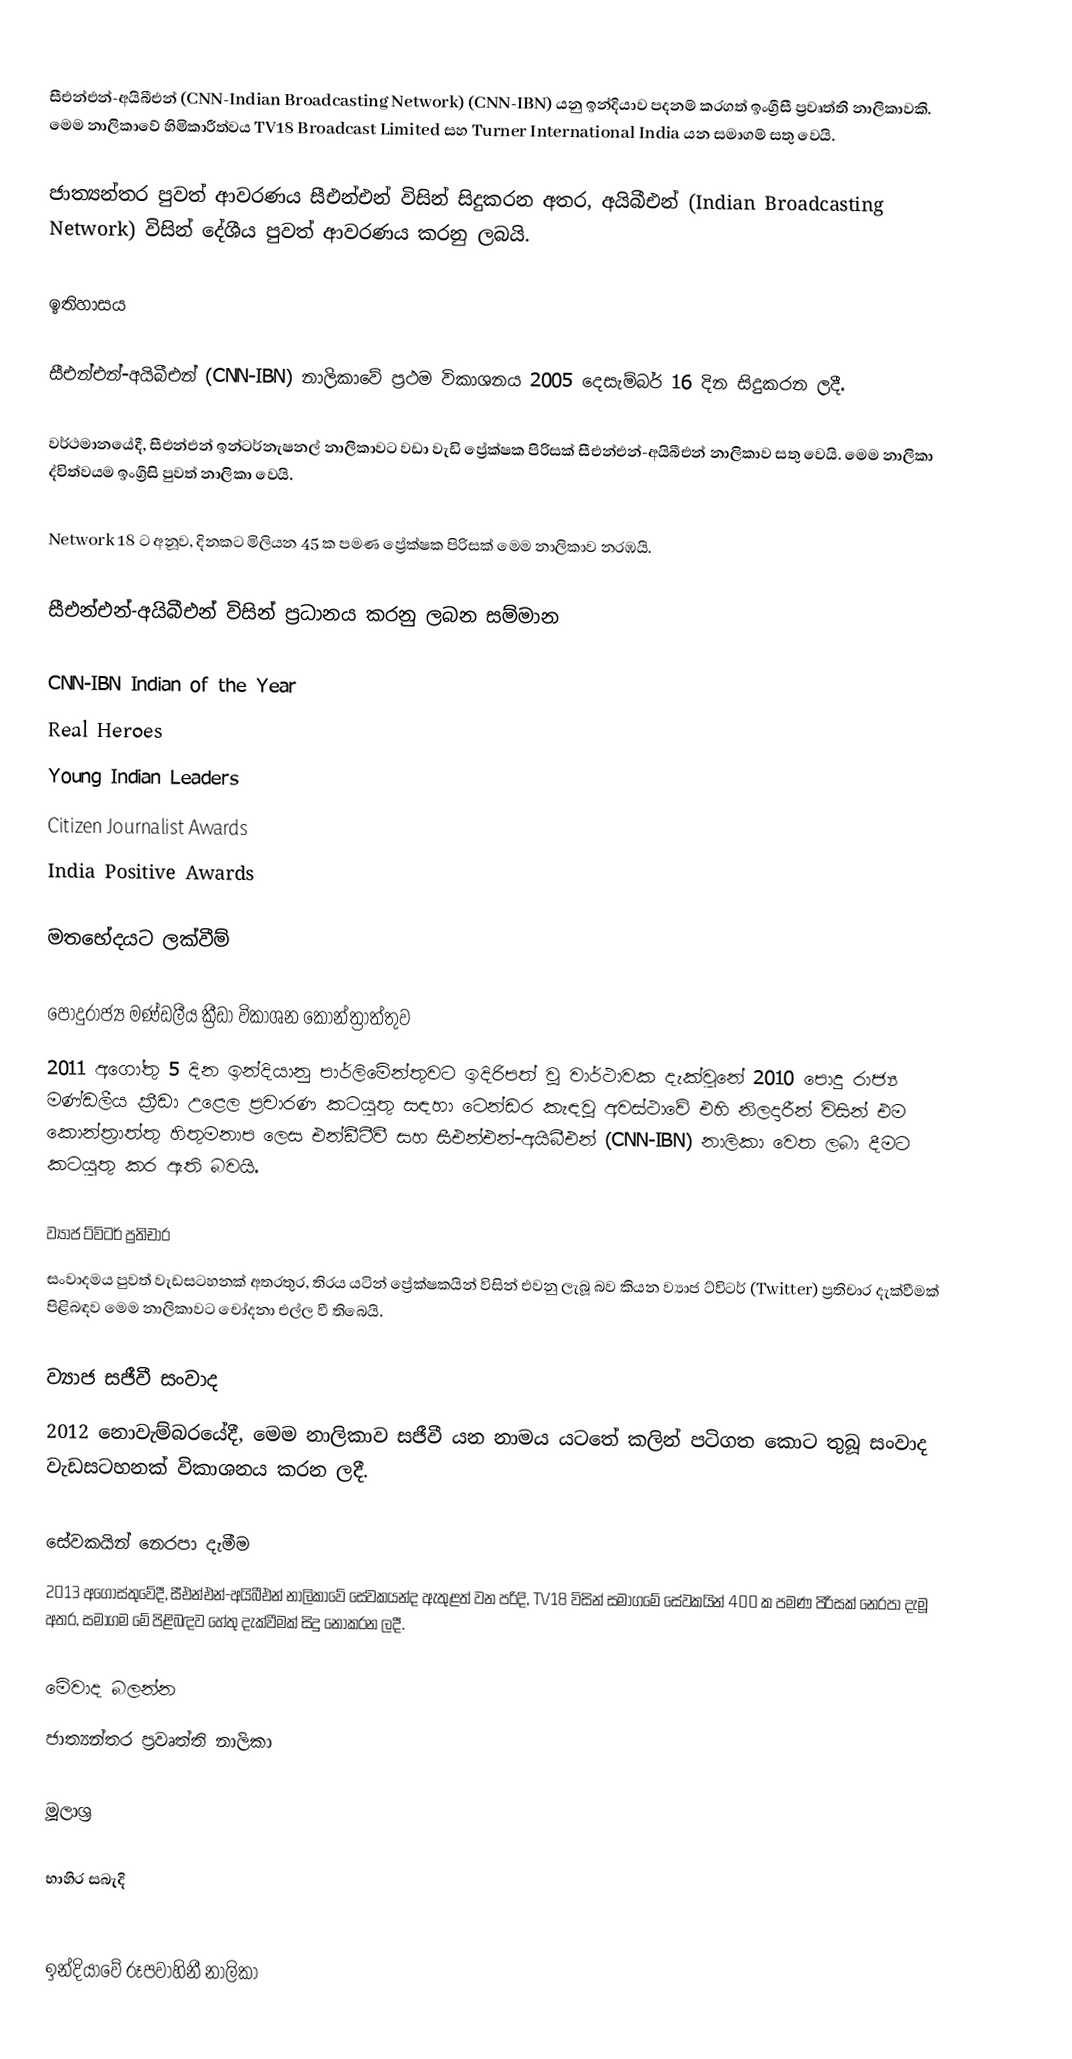
සීඑන්එන්-අයිබීඑන් (CNN-Indian Broadcasting Network) (CNN-IBN) යනු ඉන්දියාව පදනම් කරගත් ඉංග්‍රීසී ප්‍රවෘත්ති නාලිකාවකි. මෙම නාලිකාවේ හිමිකාරීත්වය TV18 Broadcast Limited සහ Turner International India යන සමාගම් සතු වෙයි.

ජාත්‍යන්තර පුවත් ආවරණය සීඑන්එන් විසින් සිදුකරන අතර, අයිබීඑන් (Indian Broadcasting Network) විසින් දේශීය පුවත් ආවරණය කරනු ලබයි.

ඉතිහාසය

සීඑන්එන්-අයිබීඑන් (CNN-IBN) නාලිකාවේ ප්‍රථම විකාශනය 2005 දෙසැම්බර් 16 දින සිදුකරන ලදී.

වර්ථමානයේදී, සීඑන්එන් ඉන්ටර්නැෂනල් නාලිකාවට වඩා වැඩි ප්‍රේක්ෂක පිරිසක් සීඑන්එන්-අයිබීඑන් නාලිකාව සතු වෙයි. මෙම නාලිකා ද්විත්වයම ඉංග්‍රීසි පුවත් නාලිකා වෙයි.

Network 18 ට අනූව, දිනකට මිලියන 45 ක පමණ ප්‍රේක්ෂක පිරිසක් මෙම නාලිකාව නරඹයි.

සීඑන්එන්-අයිබීඑන් විසින් ප්‍රධානය කරනු ලබන සම්මාන

CNN-IBN Indian of the Year
Real Heroes
Young Indian Leaders
Citizen Journalist Awards
India Positive Awards

මතභේදයට ලක්වීම්

පොදුරාජ්‍ය මණ්ඩලීය ක්‍රීඩා විකාශන කොන්ත්‍රාත්තුව
2011 අගෝතු 5 දින ඉන්දියානු පාර්ලිමේන්තුවට ඉදිරිපත් වූ වාර්ථාවක දැක්වුනේ 2010 පොදු රාජ්‍ය මණ්ඩලීය ක්‍රීඩා උළෙල ප්‍රචාරණ කටයුතු සඳහා ටෙන්ඩර කැඳවූ අවස්ථාවේ එහි නිලදාරීන් විසින් එම කොන්ත්‍රාත්තු හිතුමනාප ලෙස එන්ඩීටීවී සහ සීඑන්එන්-අයිබීඑන් (CNN-IBN) නාලිකා වෙත ලබා දීමට කටයුතු කර ඇති බවයි.

ව්‍යාජ ට්විටර් ප්‍රතිචාර
සංවාදමය පුවත් වැඩසටහනක් අතරතුර, තිරය යටින් ප්‍රේක්ෂකයින් විසින් එවනු ලැබූ බව කියන ව්‍යාජ ට්විටර් (Twitter) ප්‍රතිචාර දැක්වීමක් පිළිබඳව මෙම නාලිකාවට චෝදනා එල්ල වී තිබෙයි.

ව්‍යාජ සජීවී සංවාද
2012 නොවැම්බරයේදී, මෙම නාලිකාව සජීවී යන නාමය යටතේ කලින් පටිගත කොට තුබූ සංවාද වැඩසටහනක් විකාශනය කරන ලදී.

සේවකයින් නෙරපා දැමීම
2013 අගෝස්තුවේදී, සීඑන්එන්-අයිබීඑන් නාලිකාවේ සේවකයන්ද ඇතුළත් වන පරිදි, TV18 විසින් සමාගමේ සේවකයින් 400 ක පමණ පිරිසක් නෙරපා දැමූ අතර, සමාගම මේ පිළිබඳව හේතු දැක්වීමක් සිදු නොකරන ලදී.

මේවාද බලන්න
 ජාත්‍යන්තර ප්‍රවෘත්ති නාලිකා

මූලාශ්‍ර

භාහිර සබැදි

ඉන්දියාවේ රූපවාහිනී නාලිකා